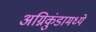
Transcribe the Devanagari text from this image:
अग्निकुंडामध्ये